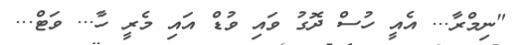
"ނިމްރާ... އެއީ ހުސް ދޮގު ވައި ވުޑް އައި މެރީ ހާ... ވަޓް...